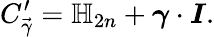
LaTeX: C_{\vec{\gamma}}^{\prime}=\mathbb{H}_{2n}+\boldsymbol{\gamma}\cdot\boldsymbol{I}.